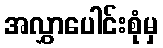
အလွှာပေါင်းစုံမှ